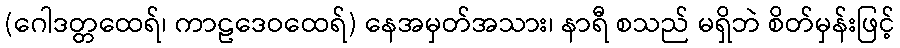
(ဂေါဒတ္တထေရ်၊ ကာဠဒေဝထေရ်) နေအမှတ်အသား၊ နာရီ စသည် မရှိဘဲ စိတ်မှန်းဖြင့်